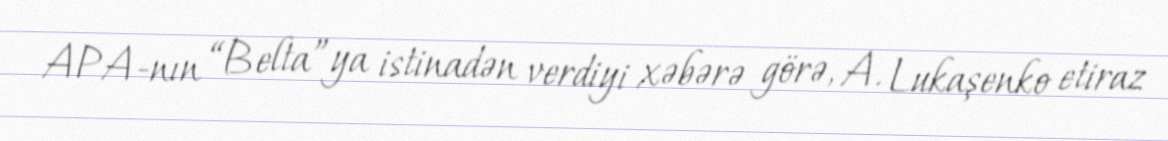
APA-nın “Belta”ya istinadən verdiyi xəbərə görə, A. Lukaşenko etiraz